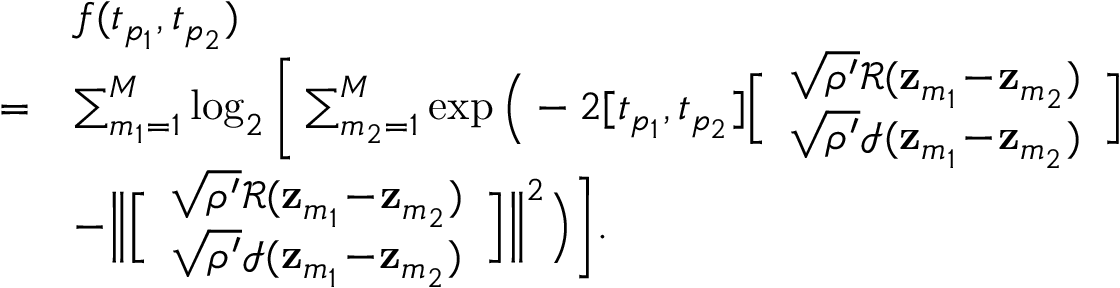
\begin{array} { r l } & { f ( t _ { p _ { 1 } } , t _ { p _ { 2 } } ) } \\ { = } & { \sum _ { m _ { 1 } = 1 } ^ { M } \log _ { 2 } \Bigg [ \sum _ { m _ { 2 } = 1 } ^ { M } \exp \Big ( - 2 [ t _ { p _ { 1 } } , t _ { p _ { 2 } } ] \Big [ \begin{array} { c } { \sqrt { \rho ^ { \prime } } \mathcal { R } ( \mathbf { z } _ { m _ { 1 } } \! - \! \mathbf { z } _ { m _ { 2 } } ) } \\ { \sqrt { \rho ^ { \prime } } \mathcal { I } ( \mathbf { z } _ { m _ { 1 } } \! - \! \mathbf { z } _ { m _ { 2 } } ) } \end{array} \Big ] } \\ & { - \Big \| \Big [ \begin{array} { c } { \sqrt { \rho ^ { \prime } } \mathcal { R } ( \mathbf { z } _ { m _ { 1 } } \! - \! \mathbf { z } _ { m _ { 2 } } ) } \\ { \sqrt { \rho ^ { \prime } } \mathcal { I } ( \mathbf { z } _ { m _ { 1 } } \! - \! \mathbf { z } _ { m _ { 2 } } ) } \end{array} \Big ] \Big \| ^ { 2 } \Big ) \Bigg ] . } \end{array}